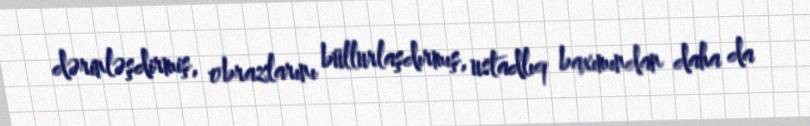
dərinləşdirmiş, obrazlarını büllurlaşdırmış, ustadlıq baxımından daha da